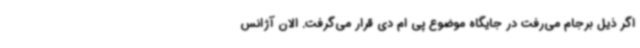
اگر ذیل برجام می‌رفت در جایگاه موضوع پی ام دی قرار می‌گرفت. الان آژانس